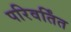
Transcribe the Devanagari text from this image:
परिवर्तिंत